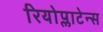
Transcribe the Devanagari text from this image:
रियोप्लाटेन्स